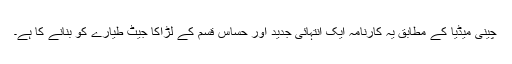
چینی میڈیا کے مطابق یہ کارنامہ ایک انتہائی جدید اور حساس قسم کے لڑاکا جیٹ طیارے کو بنانے کا ہے۔